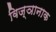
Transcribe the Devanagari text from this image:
विज्ञानाक